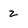
Character: 2